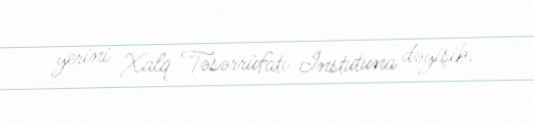
yerini Xalq Təsərrüfatı İnstutuna dəyişib.